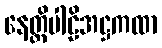
နေတ္တိပါဠိအဋ္ဌကထာ